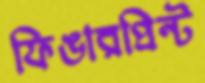
ফিঙারপ্রিন্ট